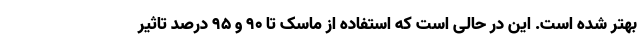
بهتر شده است. این در حالی است که استفاده از ماسک تا ۹۰ و ۹۵ درصد تاثیر